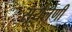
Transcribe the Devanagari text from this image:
सूर्यलेणी